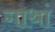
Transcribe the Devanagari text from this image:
गाथां